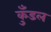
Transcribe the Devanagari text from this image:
कुँडल